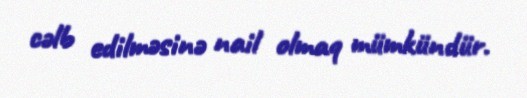
cəlb edilməsinə nail olmaq mümkündür.